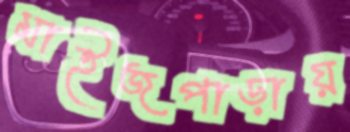
মাইজপাড়ায়